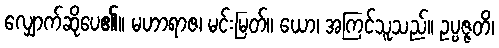
လျှောက်ဆိုပေ၏။ မဟာရာဇ၊ မင်းမြတ်။ ယော၊ အကြင်သူသည်။ ဥပ္ပဇ္ဇတိ၊